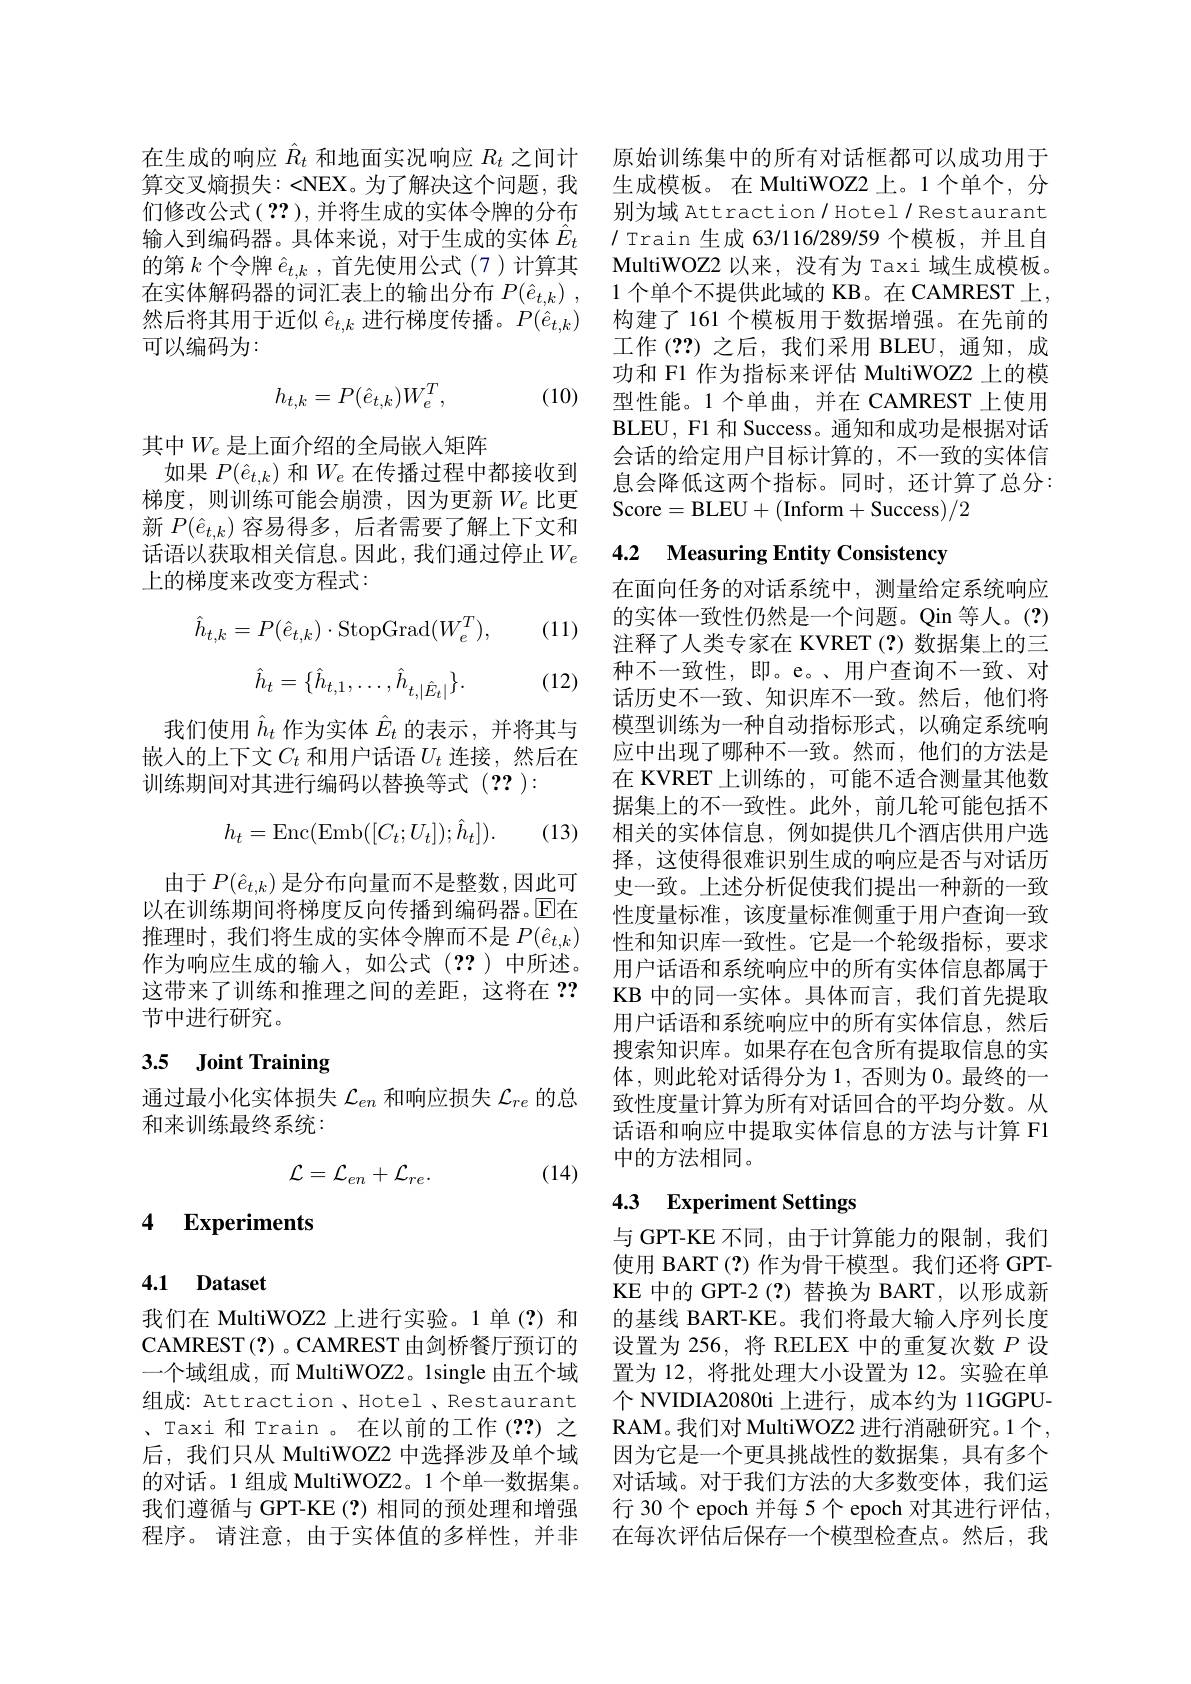
在生成的响应$\hat{R}_t$和地面实况响应$R_t$之间计 原始训练集中的所有对话框都可以成功用于算交叉熵损失：<NEX。为了解决这个问题，我 生成模板。在 MultiWOZ2 上。1 个单个，分们修改公式( ?? ), 并将生成的实体令牌的分布输入到编码器。具体来说，对于生成的实体$\hat{E}_t$ 的第$k$个令牌$\hat{e}_{t,k}$,首先使用公式(7)计算其在实体解码器的词汇表上的输出分布$P( \hat{e} _{t, k})$ , 然后将其用于近似$\hat{e}_t,k$进行梯度传播。$P(\hat{e}_{t,k})$ 可以编码为：

(10)
$$h_{t,k}=P(\hat{e}_{t,k})W_{e}^{T},$$
其中$W_e$ 是上面介绍的全局嵌入矩阵
如果$P(\hat{e}_{t,k})$和$W_e$在传播过程中都接收到梯度，则训练可能会崩溃，因为更新$W_e$ 比更新$P(\hat{e}_{t,k})$容易得多，后者需要了解上下文和话语以获取相关信息。因此，我们通过停止$W_e$ 上的梯度来改变方程式：

(11)
$$\hat{h}_{t,k}=P(\hat{e}_{t,k})\cdot\mathrm{StopGrad}(W_{e}^{T}),$$
$$\hat{h}_{t}=\{\hat{h}_{t,1},\ldots,\hat{h}_{t,|\hat{E}_{t}|}\}.$$
(12)

我们使用$\hat{h}_t$作为实体$\hat{E}_t$的表示 ,并将其与嵌入的上下文$C_t$和用户话语$U_t$连接，然后在训练期间对其进行编码以替换等式(2?):
$$h_t=\mathrm{Enc}(\mathrm{Emb}([C_t;U_t]);\hat{h}_t]).$$
(13)

由于$P(\hat{e}_{t,k})$是分布向量而不是整数，因此可以在训练期间将梯度反向传播到编码器。$\overline{\mathrm{E}}$在推理时，我们将生成的实体令牌而不是$P(\hat{e}_{t,k})$ 作为响应生成的输入，如公式(??)中所述。这带来了训练和推理之间的差距，这将在？? 节中进行研究。

# 3.5 Joint Training

通过最小化实体损失$\mathcal{L}_en$和响应损失$\mathcal{L}_re$的总
和来训练最终系统：
$$\mathcal{L}=\mathcal{L}_{en}+\mathcal{L}_{re}.$$
(14)

## 4 Experiments

4.1 Dataset

我们在 MultiWOZ2 上进行实验。1 单(?)和CAMREST(?) 。CAMREST 由剑桥餐厅预订的组成：Attraction , Hotel , Restaurant

别为域 Attraction/ Hotel / Restaurant / Train 生成 63/116/289/59 个模板，并且自MultiWOZ2 以来，没有为 Taxi 域生成模板。1 个单个不提供此域的 KB。在 CAMREST 上， 构建了 161 个模板用于数据增强。在先前的工作(??)之后，我们采用 BLEU,通知，成功和 F1 作为指标来评估 MultiWOZ2 上的模型性能。1 个单曲，并在 CAMREST 上使用BLEU, F1 和 Success。通知和成功是根据对话会话的给定用户目标计算的，不一致的实体信息会降低这两个指标。同时，还计算了总分： Score=BLEU+(Inform+Success)/2

# 4.2 Measuring Entity Consistency

在面向任务的对话系统中，测量给定系统响应的实体一致性仍然是一个问题。Qin 等人。(?) 注释了人类专家在 KVRET(?)数据集上的三种不一致性，即。e。、用户查询不一致、对话历史不一致、知识库不一致。然后，他们将模型训练为一种自动指标形式，以确定系统响应中出现了哪种不一致。然而，他们的方法是在 KVRET 上训练的，可能不适合测量其他数据集上的不一致性。此外，前几轮可能包括不相关的实体信息，例如提供几个酒店供用户选择，这使得很难识别生成的响应是否与对话历史一致。上述分析促使我们提出一种新的一致性度量标准，该度量标准侧重于用户查询一致性和知识库一致性。它是一个轮级指标，要求用户话语和系统响应中的所有实体信息都属于KB 中的同一实体。具体而言，我们首先提取用户话语和系统响应中的所有实体信息，然后搜索知识库。如果存在包含所有提取信息的实体，则此轮对话得分为1，否则为0。最终的一致性度量计算为所有对话回合的平均分数。从话语和响应中提取实体信息的方法与计算 F1中的方法相同。

# 4.3 Experiment Settings

与 GPT-KE 不同，由于计算能力的限制，我们使用 BART (?) 作为骨干模型。我们还将 GPTKE 中的 GPT-2 (?) 替换为 BART, 以形成新的基线 BART-KE。我们将最大输人序列长度设置为 256, 将 RELEX 中的重复次数$P$设
一个域组成，而 MultiWOZ2。1single 由五个域 置为 12, 将批处理大小设置为 12。实验在单
个 NVIDIA2080ti 上进行，成本约为 11GGPU-
、Taxi 和 Train 。在以前的工作 (??) 之 RAM。我们对 MultiWOZ2 进行消融研究。1 个， 后，我们只从 MultiWOZ2 中选择涉及单个域 因为它是一个更具挑战性的数据集，具有多个的对话。1 组成 MultiWOZ2。1 个单一数据集。对话域。对于我们方法的大多数变体，我们运我们遵循与 GPT-KE(?) 相同的预处理和增强 行 30个 epoch 并每 5个 epoch 对其进行评估， 程序。请注意，由于实体值的多样性，并非 在每次评估后保存一个模型检查点。然后，我